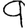
Digit: 9